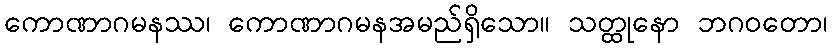
ကောဏာဂမနဿ၊ ကောဏာဂမနအမည်ရှိသော။ သတ္ထုနော ဘဂဝတော၊